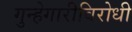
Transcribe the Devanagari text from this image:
गुन्हेगारीविरोधी